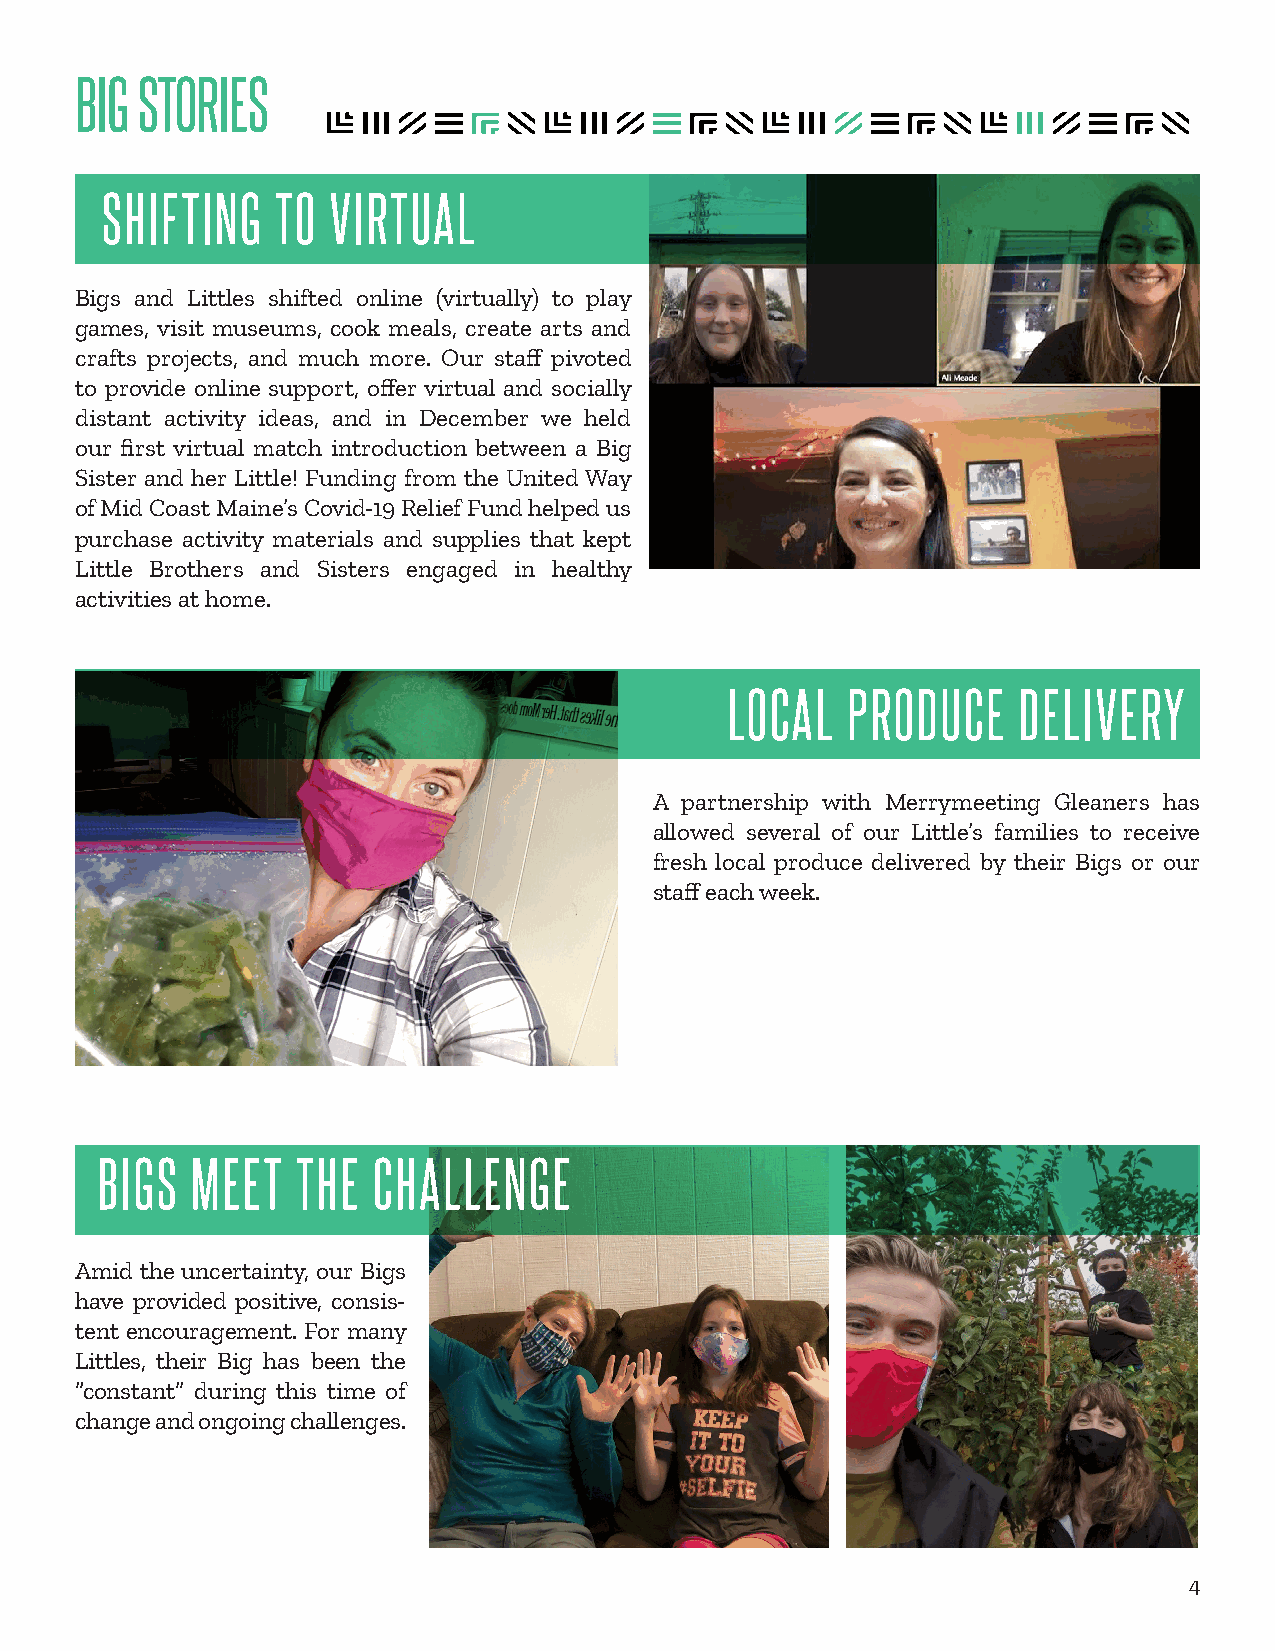
BIG STORIES
 SHIFTING   TO  VIRTUAL
 Bigs and Littles shifted online (virtually) to play
 games, visit museums, cook meals, create arts and
 crafts projects, and much more. Our staff pivoted
 to provide online support, offer virtual and socially
 distant activity ideas, and in December we held
 our first virtual match introduction between a Big
 Sister and her Little! Funding from the United Way
 of Mid Coast Maine’s Covid-19 Relief Fund helped us
 purchase activity materials and supplies that kept
 Little Brothers and Sisters engaged in healthy
 activities at home.
 LOCAL   PRODUCE    DELIVERY
 A partnership with Merrymeeting Gleaners has
 allowed several of our Little’s families to receive
 fresh local produce delivered by their Bigs or our
 staff each week.
 BIGS   MEET   THE  CHALLENGE
 Amid the uncertainty, our Bigs
 have provided positive, consis-
 tent encouragement. For many
 Littles, their Big has been the
 “constant” during this time of
 change and ongoing challenges.
 4